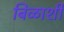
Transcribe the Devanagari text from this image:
बिळाशी